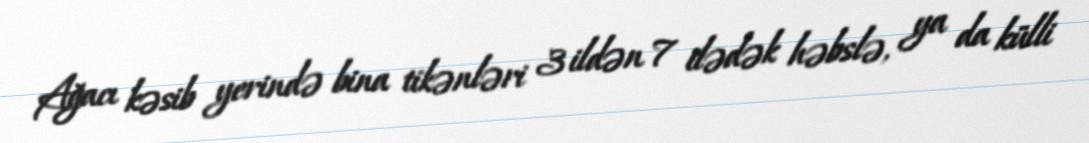
Ağacı kəsib yerində bina tikənləri 3 ildən 7 ilədək həbslə, ya da külli